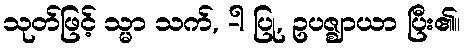
သုတ်ဖြင့် သ္မာ သက်, -ါ ပြု, ဥပဇ္ဈာယာ ပြီး၏။